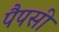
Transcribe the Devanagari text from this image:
पैपसी